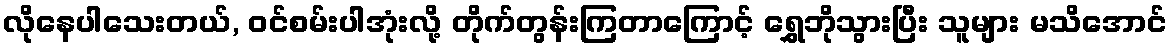
လိုနေပါသေးတယ်, ဝင်စမ်းပါအုံးလို့ တိုက်တွန်းကြတာကြောင့် ရွှေဘိုသွားပြီး သူများ မသိအောင်